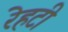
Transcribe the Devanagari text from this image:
रेहटी